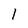
Character: 1